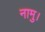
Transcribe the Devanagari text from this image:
नामु।